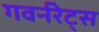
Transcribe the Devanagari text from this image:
गवर्नरेट्स